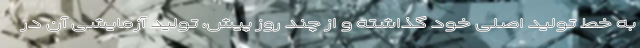
به خط تولید اصلی خود گذاشته و از چند روز پیش، تولید آزمایشی آن در